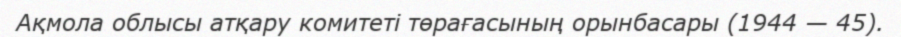
Ақмола облысы атқару комитеті төрағасының орынбасары (1944 — 45).